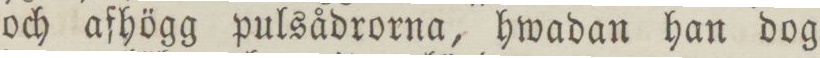
och afhögg pulsådrorna, hwadan han dog